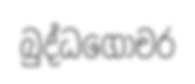
බුද්ධගෝචර